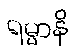
ရမ္မာနိ